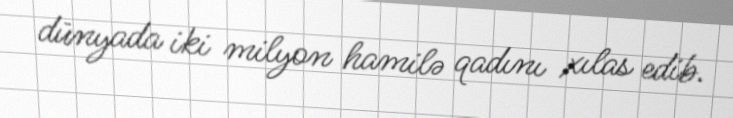
dünyada iki milyon hamilə qadını xılas edib.